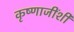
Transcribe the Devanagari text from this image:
कृष्णाजींशी